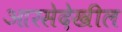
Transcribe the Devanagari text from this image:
आरसेदेखील